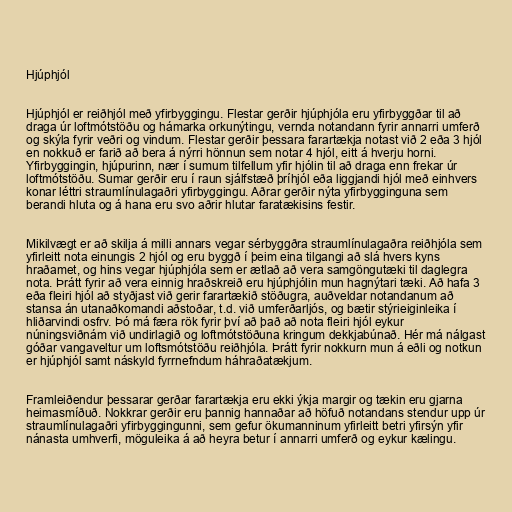
Hjúphjól

Hjúphjól er reiðhjól með yfirbyggingu. Flestar gerðir hjúphjóla eru yfirbyggðar til að
draga úr loftmótstöðu og hámarka orkunýtingu, vernda notandann fyrir annarri umferð
og skýla fyrir veðri og vindum. Flestar gerðir þessara farartækja notast við 2 eða 3 hjól
en nokkuð er farið að bera á nýrri hönnun sem notar 4 hjól, eitt á hverju horni.
Yfirbyggingin, hjúpurinn, nær í sumum tilfellum yfir hjólin til að draga enn frekar úr
loftmótstöðu. Sumar gerðir eru í raun sjálfstæð þríhjól eða liggjandi hjól með einhvers
konar léttri straumlínulagaðri yfirbyggingu. Aðrar gerðir nýta yfirbygginguna sem
berandi hluta og á hana eru svo aðrir hlutar faratækisins festir.

Mikilvægt er að skilja á milli annars vegar sérbyggðra straumlínulagaðra reiðhjóla sem
yfirleitt nota einungis 2 hjól og eru byggð í þeim eina tilgangi að slá hvers kyns
hraðamet, og hins vegar hjúphjóla sem er ætlað að vera samgöngutæki til daglegra
nota. Þrátt fyrir að vera einnig hraðskreið eru hjúphjólin mun hagnýtari tæki. Að hafa 3
eða fleiri hjól að styðjast við gerir farartækið stöðugra, auðveldar notandanum að
stansa án utanaðkomandi aðstoðar, t.d. við umferðarljós, og bætir stýrieiginleika í
hliðarvindi osfrv. Þó má færa rök fyrir því að það að nota fleiri hjól eykur
núningsviðnám við undirlagið og loftmótstöðuna kringum dekkjabúnað. Hér má nálgast
góðar vangaveltur um loftsmótstöðu reiðhjóla. Þrátt fyrir nokkurn mun á eðli og notkun
er hjúphjól samt náskyld fyrrnefndum háhraðatækjum.

Framleiðendur þessarar gerðar farartækja eru ekki ýkja margir og tækin eru gjarna
heimasmíðuð. Nokkrar gerðir eru þannig hannaðar að höfuð notandans stendur upp úr
straumlínulagaðri yfirbyggingunni, sem gefur ökumanninum yfirleitt betri yfirsýn yfir
nánasta umhverfi, möguleika á að heyra betur í annarri umferð og eykur kælingu.